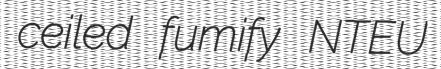
ceiled fumify NTEU